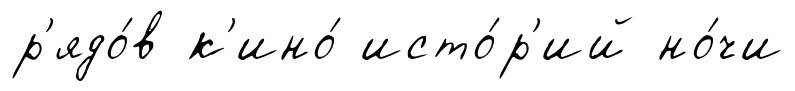
р'ядо́в к'ино́ исто́р'ий но́чи